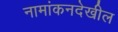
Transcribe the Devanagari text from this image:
नामांकनदेखील